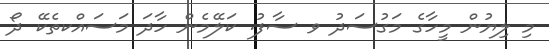
މި ލިޔުން މީހާގެ މަގުސަދު ވ ސާފު. ކަލޭމެން ހާދަ މަސައްކތެކޭ ދޯ